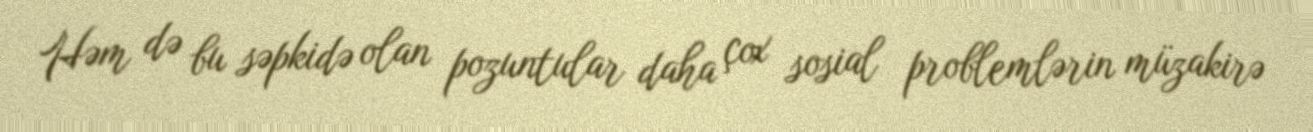
Həm də bu səpkidə olan pozuntular daha çox sosial problemlərin müzakirə